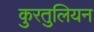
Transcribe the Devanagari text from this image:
कुरतुलियन